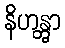
နိဟန္တွာ